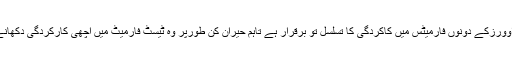
بابر اعظم کی محدود اوورزکے دونوں فارمیٹس میں کاکردگی کا تسلسل تو برقرار ہے تاہم حیران کن طورپر وہ ٹیسٹ فارمیٹ میں اچھی کارکردگی دکھانے میں ناکام رہے ہیں۔